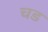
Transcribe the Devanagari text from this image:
चड